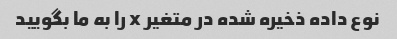
نوع داده ذخیره شده در متغیر x را به ما بگویید